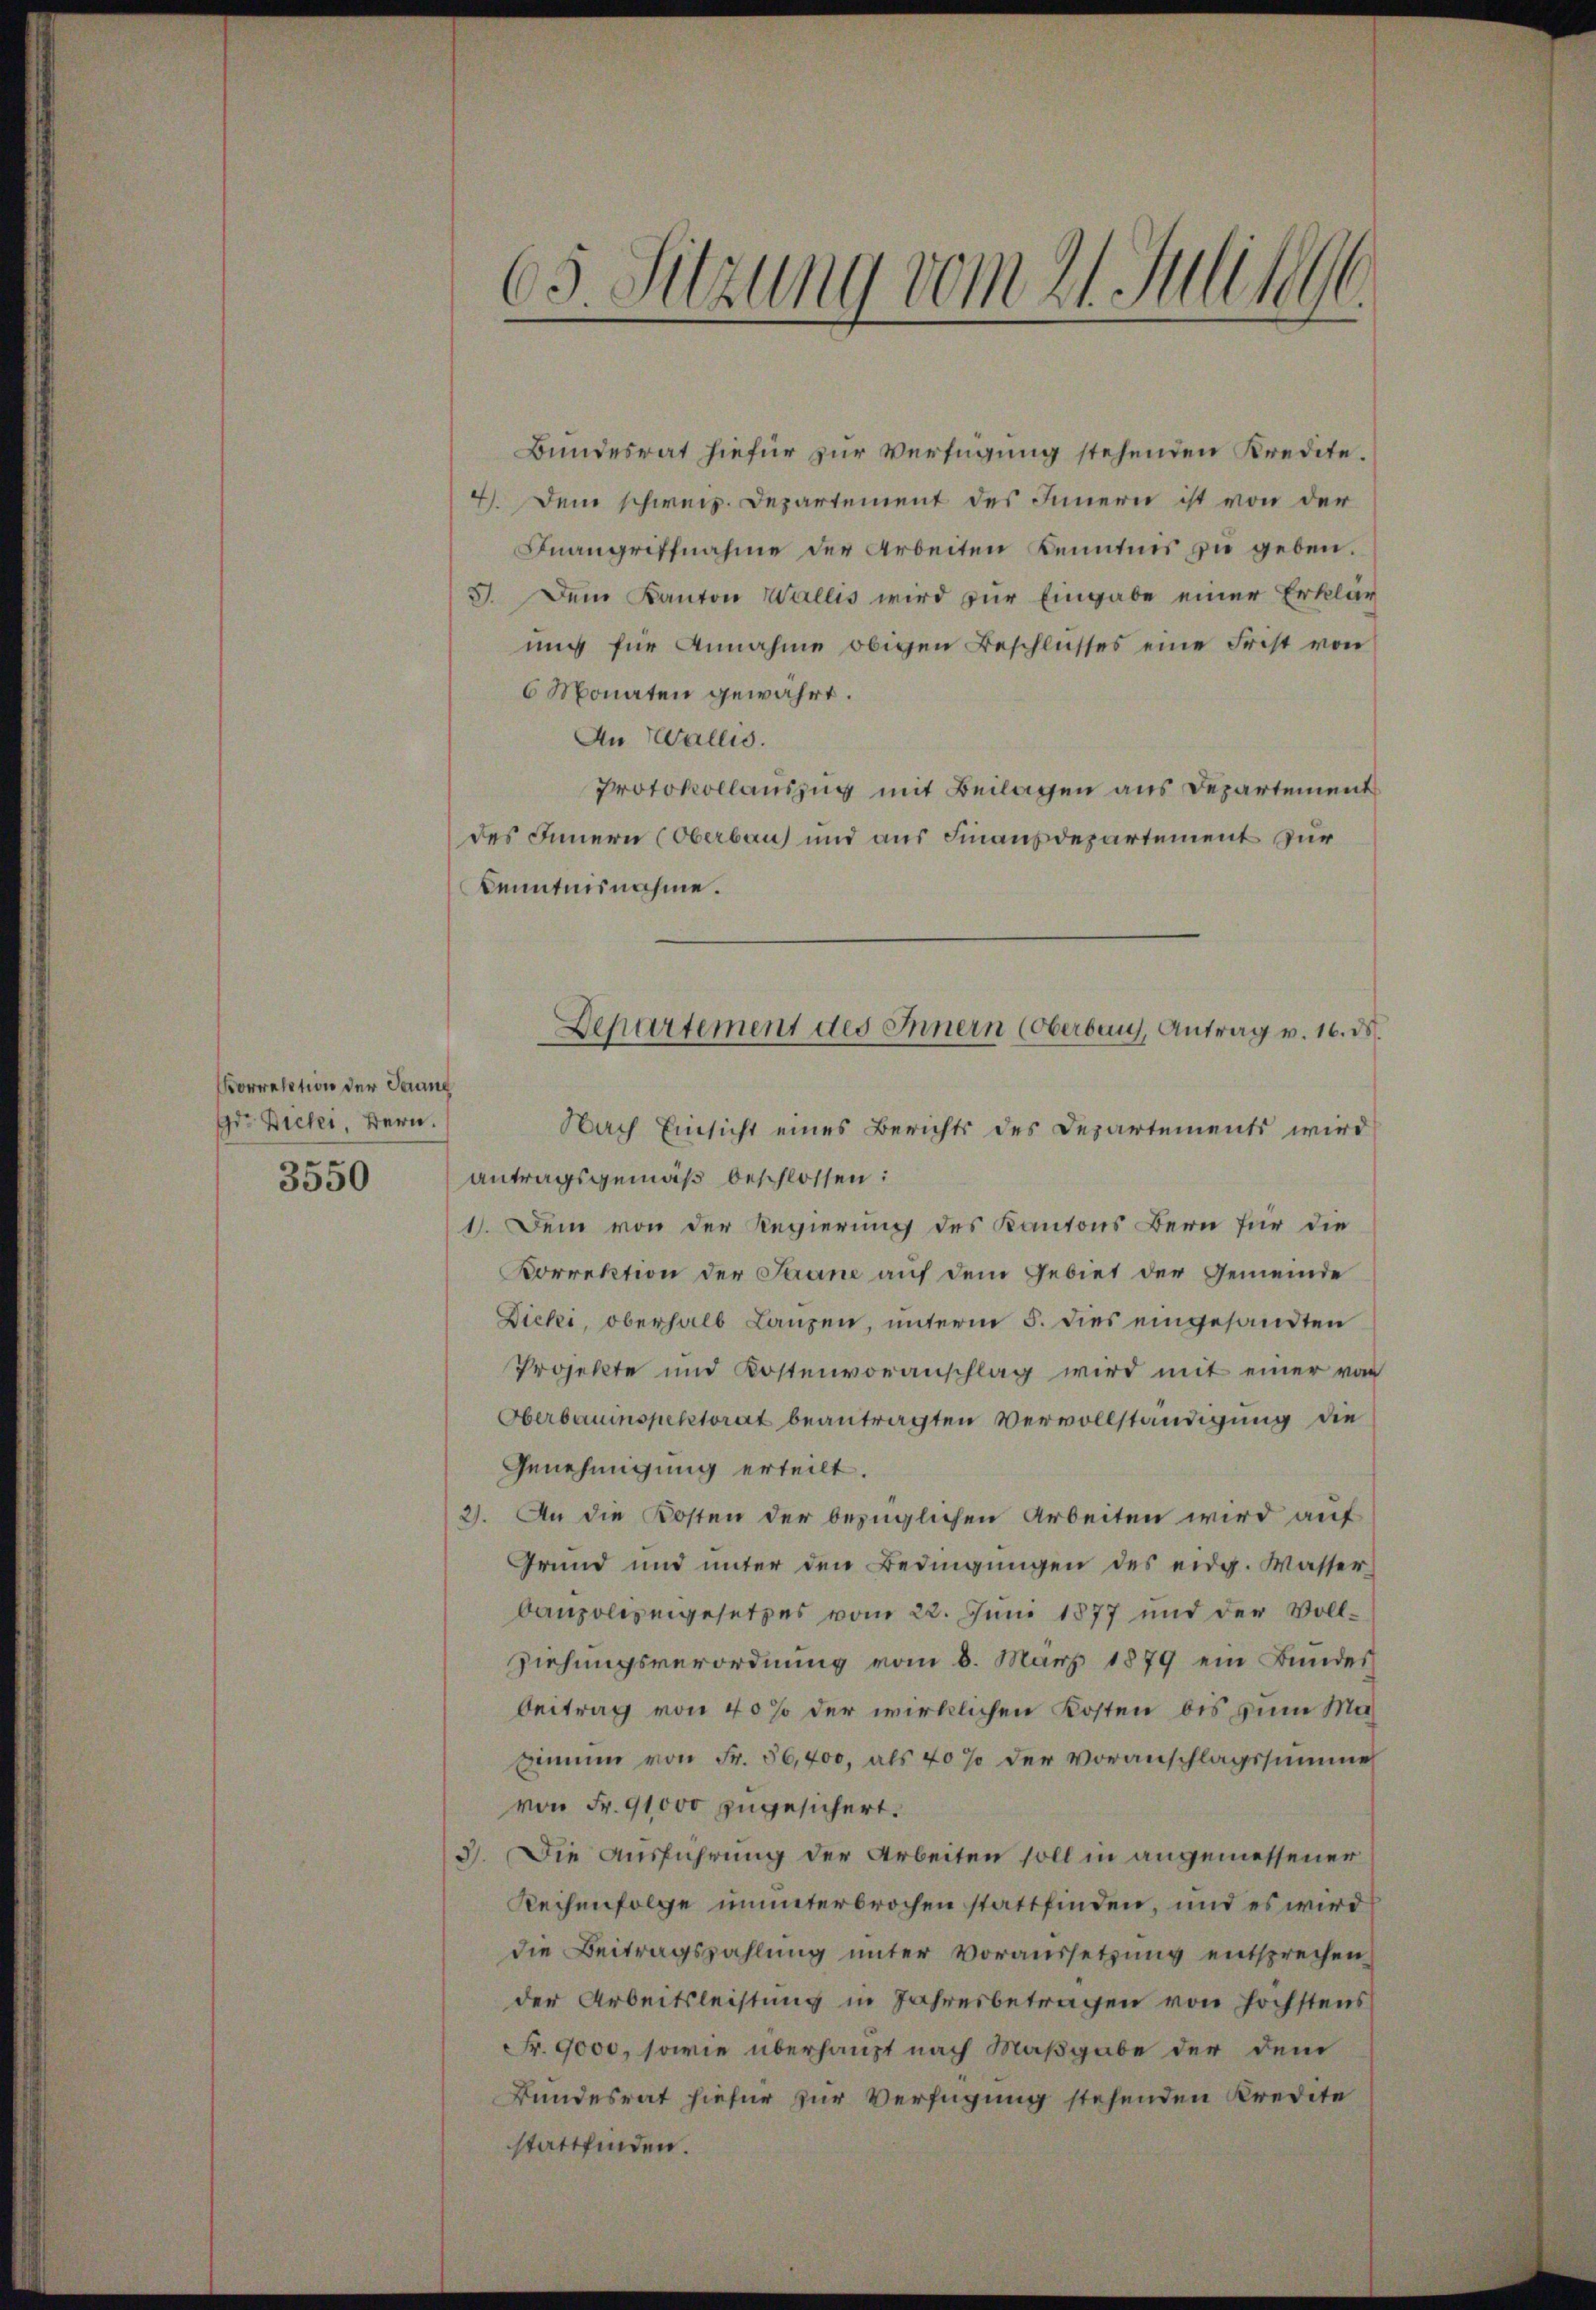
Korrelation der Jerung
Gr. Bicki Bern.
3550

Bundesrat hiefür zur Verfügung stehenden Kredite.
4). Dem schweiz. Departement des Innern ist von der
Fnangriffnahme der Arbeiten Kenntnis zu geben.
I. Dem Kanton Wallis wird zur Eingabe einer Erklär
ung für Annahme obigen Beschlusses eine Frist von
6 Monaten gewährt.
An Wallis.
Protokollauszug mit Beilagen aus Departement
des Innern (Oberbau und aus Finanzdepartement zur
Kenntnisnahme.
Nach Einsicht eines Berichts des Departements wird
antragsgemäß beschlossen:
1). Dein von der Regierung des Kantons Bern für die
Korrektion der Saane auf dem Gebiet der Gemeinde
Dicki, oberhalb Lanzen, unterm 5. dies eingesandten
Projekte und Kostenvoranschlag wird mit einer von
Oberbauinspektorat beantragten Vervollständigung die
Genehmigung erteilt.
2). An die Kosten der bezüglichen Arbeiten wird auf
Grund und unter den Bedingungen des eidg. Wasser
baupolizeigesetzes vom 22. Juni 1877 und der Vollziehungsverordnung vom 8. März 1879 ein Bundes
beitrag von 40% der wirklichen Kosten bis zum Masimum von Fr. 56,400, als 40% der Voranschlagssumme
von Fr. 91000 zugesichert.
3). Die Ausführung der Arbeiten soll in angemessener
Reihenfolge ununterbrochen stattfinden, und es wird
die Beitragszahlung unter Voraussetzung entsprechen.
der Arbeitsleistung in Jahresbetragen von höchstens
Fr. 9000, sowie überhaupt nach Maßgabe der dem
Bundesrat hiefür zur Verfügung stehenden Kredite
stattfinden.

65. Sitzung vom 21. Juli 1896.

Departement des Innern (Oberbau, Antrag v. 16. ds.
n